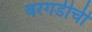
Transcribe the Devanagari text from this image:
बरगडीची